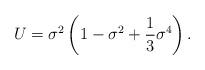
LaTeX: \begin{align*}U={\sigma}^2\left(1-{\sigma}^2+\frac{1}{3}{\sigma}^4\right).\end{align*}